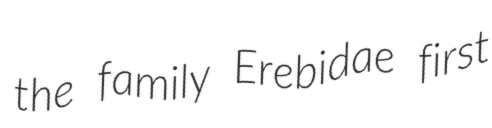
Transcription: the family Erebidae first